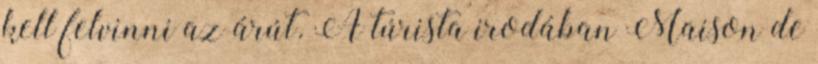
kell felvinni az árút. A túrista irodában Maison de